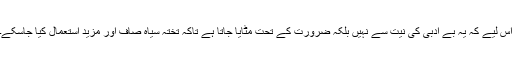
اس لیے کہ یہ بے ادبی کی نیت سے نہیں بلکہ ضرورت کے تحت مٹایا جاتا ہے تاکہ تختہ سیاہ صاف اور مزید استعمال کیا جاسکے۔